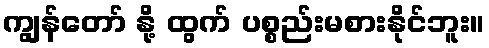
ကျွန်တော် နို့ ထွက် ပစ္စည်းမစားနိုင်ဘူး။